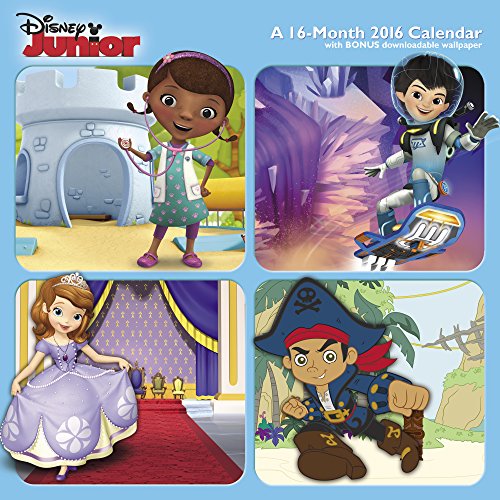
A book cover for Disney Junior Wall Calendar (2016); Day Dream; Calendars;